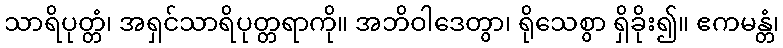
သာရိပုတ္တံ၊ အရှင်သာရိပုတ္တရာကို။ အဘိဝါဒေတွာ၊ ရိုသေစွာ ရှိခိုး၍။ ဧကမန္တံ၊